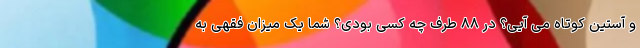
و آستین کوتاه می آیی؟ در ۸۸ طرف چه کسی بودی؟ شما یک میزان فقهی به